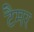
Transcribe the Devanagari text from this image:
टैमर